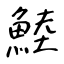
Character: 鯥